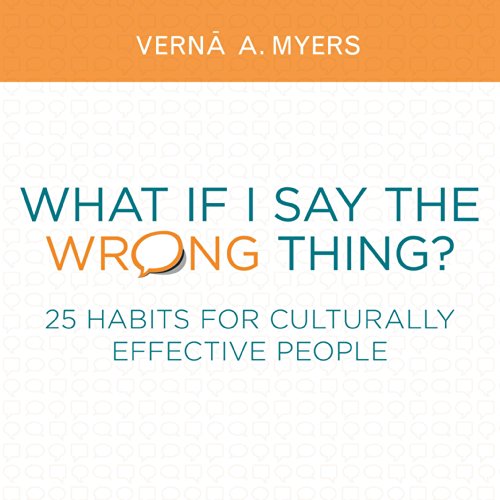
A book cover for What if I Say the Wrong Thing?: 25 Habits for Culturally Effective People; Verna A. Myers; Law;